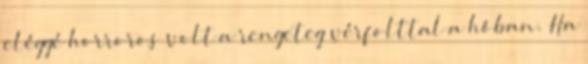
eléggé horroros volt a rengeteg vérfolttal a hóban. Ha